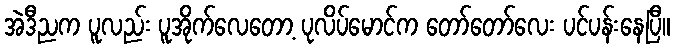
အဲဒီညက ပူလည်း ပူအိုက်လေတော့ ပုလိပ်မောင်က တော်တော်လေး ပင်ပန်းနေပြီ။